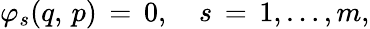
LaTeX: \varphi_{s}(q,\, p)\, =\, 0,\quad s\, =\, 1,\dots,m,